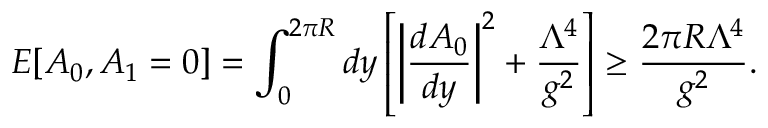
{ \cal E } [ A _ { 0 } , A _ { 1 } = 0 ] = \int _ { 0 } ^ { 2 \pi R } d y \left[ \bigg | \frac { d A _ { 0 } } { d y } \bigg | ^ { 2 } + \frac { \Lambda ^ { 4 } } { g ^ { 2 } } \right] \geq \frac { 2 \pi R \Lambda ^ { 4 } } { g ^ { 2 } } .